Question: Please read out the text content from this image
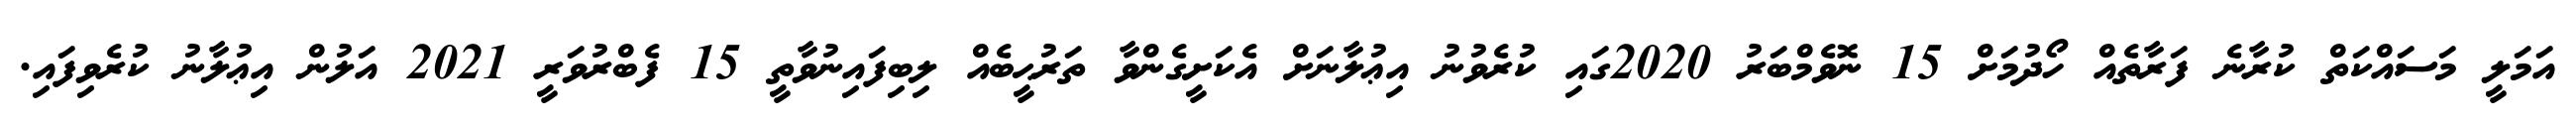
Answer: އަމަލީ މަސައްކަތް ކުރާނެ ފަރާތެއް ހޯދުމަށް 15 ނޮވެމްބަރު 2020ގައި ކުރެވުނު އިޢުލާނަށް އެކަށީގެންވާ ތަރުޙީބެއް ލިބިފައިނުވާތީ 15 ފެބްރުވަރީ 2021 އަލުން އިޢުލާނު ކުރެވިފައި.